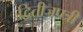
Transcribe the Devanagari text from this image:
द्वितीजपत्री